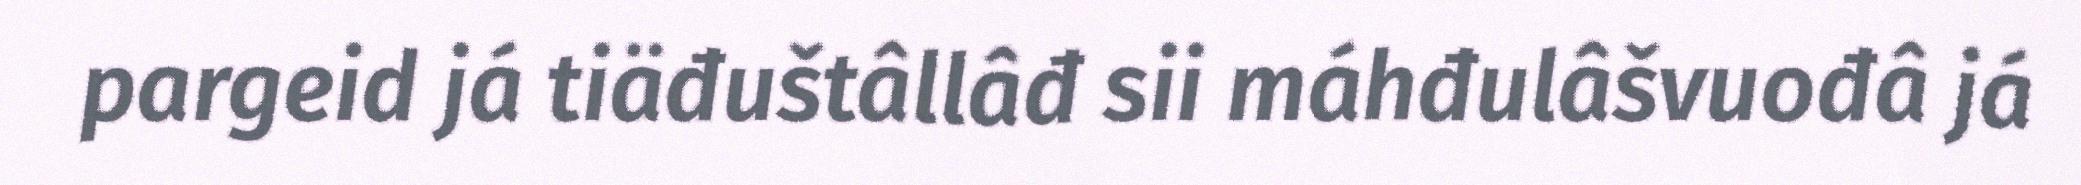
pargeid já tiäđuštâllâđ sii máhđulâšvuođâ já